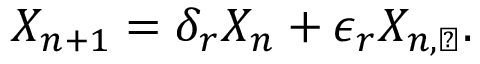
X _ { n + 1 } = \delta _ { r } X _ { n } + \epsilon _ { r } X _ { n , \perp } .